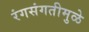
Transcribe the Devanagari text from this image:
रंगसंगतीमुळे